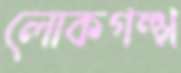
লোকগল্প